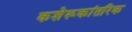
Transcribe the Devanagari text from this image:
कशेरूकांतरिक